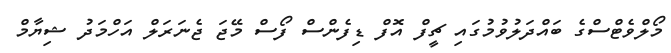
މޯލްވެޓްސްގެ ބައްދަލުވުމުގައި ޗީފް އޮފް ޑިފެންސް ފޯސް މޭޖަ ޖެނަރަލް އަހްމަދު ޝިޔާމް